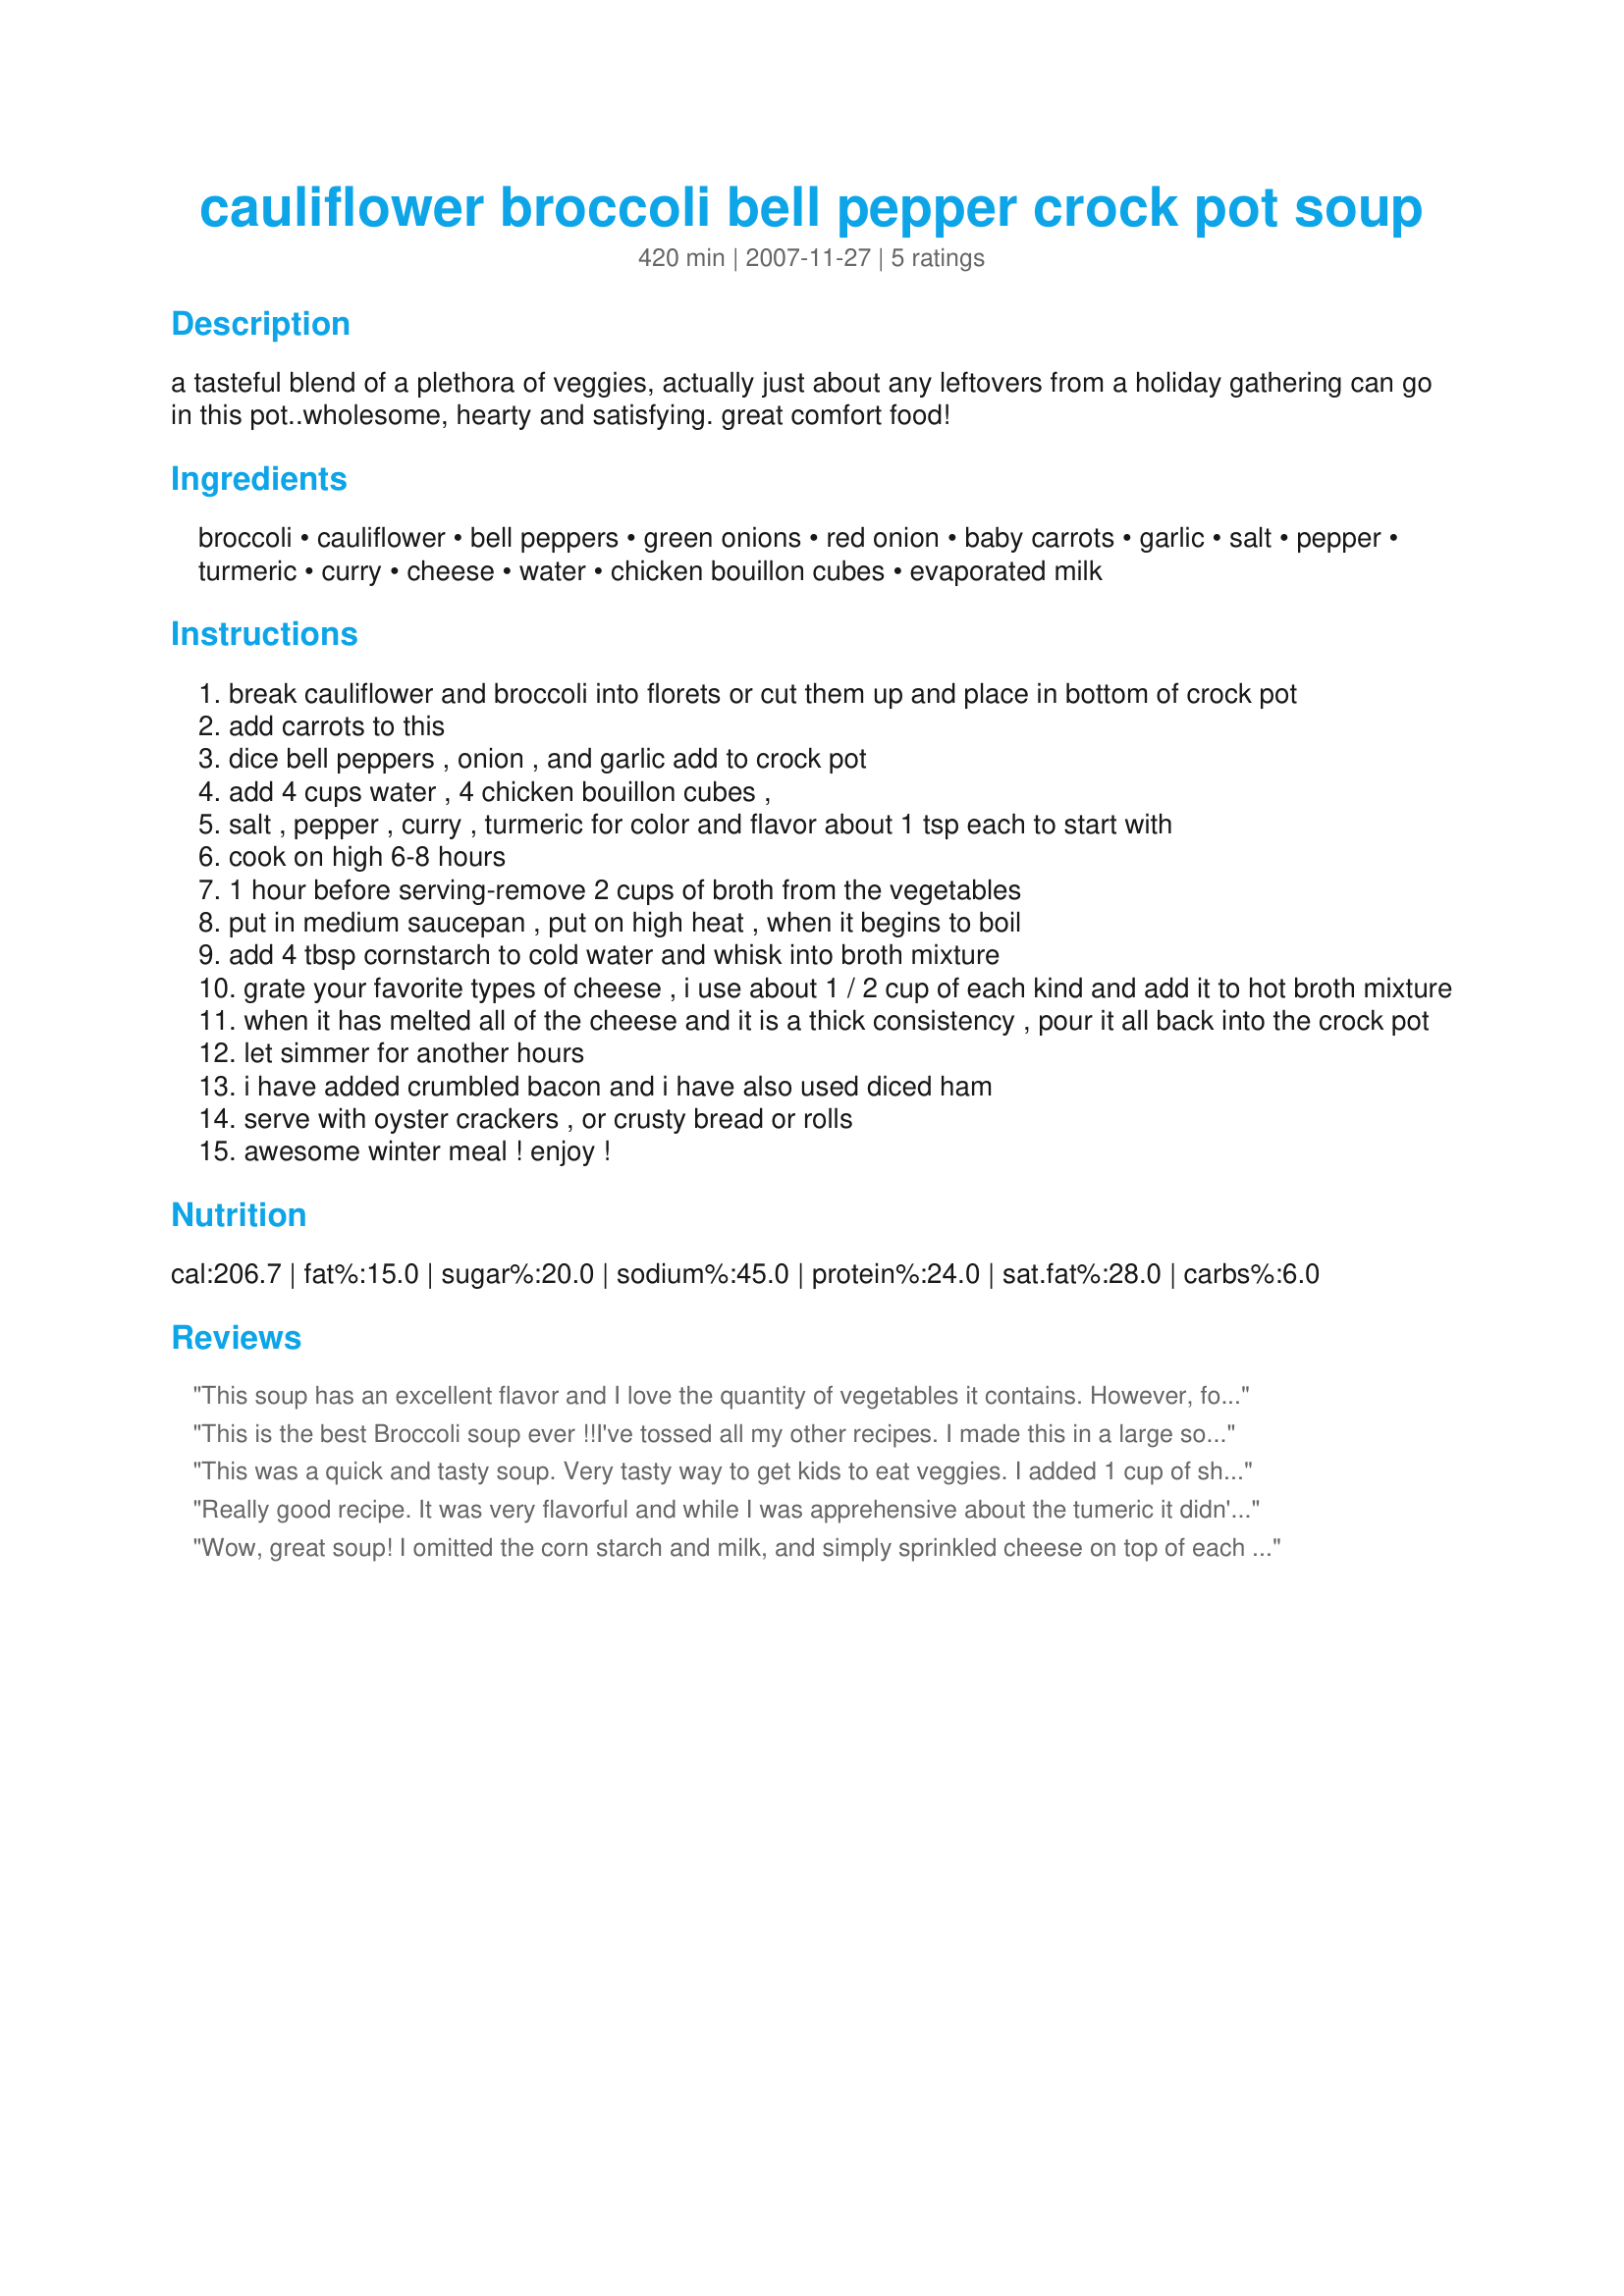
cauliflower broccoli bell pepper crock pot soup
Preparation time: 420 minutes

a tasteful blend of a plethora of veggies, actually just about any leftovers from a holiday gathering can go in this pot..wholesome, hearty and satisfying. great comfort food!

Ingredients:
broccoli, cauliflower, bell peppers, green onions, red onion, baby carrots, garlic, salt, pepper, turmeric, curry, cheese, water, chicken bouillon cubes, evaporated milk

Steps:
break cauliflower and broccoli into florets or cut them up and place in bottom of crock pot
add carrots to this
dice bell peppers , onion , and garlic add to crock pot
add 4 cups water , 4 chicken bouillon cubes ,
salt , pepper , curry , turmeric for color and flavor about 1 tsp each to start with
cook on high 6-8 hours
1 hour before serving-remove 2 cups of broth from the vegetables
put in medium saucepan , put on high heat , when it begins to boil
add 4 tbsp cornstarch to cold water and whisk into broth mixture
grate your favorite types of cheese , i use about 1 / 2 cup of each kind and add it to hot broth mixture
when it has melted all of the cheese and it is a thick consistency , pour it all back into the crock pot
let simmer for another hours
i have added crumbled bacon and i have also used diced ham
serve with oyster crackers , or crusty bread or rolls
awesome winter meal ! enjoy !

Reviews:
This soup has an excellent flavor and I love the quantity of vegetables it contains. However, for some reason it seemed like it needed more liquid so I ended up adding an extra cup of water and I used an entire cup of cream. I wasn't sure when to add the cream so I added it to the stuff you boil separately at the end. I also throw it in the blender after cooking. The smell of the veggies cooking was not very pleasant in my opinion so we were pleasantly surprised by the end product. Turmeric = palillo
This is the best Broccoli soup ever !!I've tossed all my other recipes. I made this in a large soup pot on the stovetop, not in a crockpot & it is perfect. Nice and thick and chunky. Perfect. Thankyou !!I served this with Cheddar Chive Beer Bread recipe #70367
This was a quick and tasty soup. Very tasty way to get kids to eat veggies. I added 1 cup of sharp cheddar and 1 cup of mexican blend cheese. Turned out very well! I also didn't have any turmeric so I used a bit of original mrs dash. I also subbed a can of 2% evaporated milk to cut down on calories even more. This is definately a keeper, thanks so much for posting!
Really good recipe. It was very flavorful and while I was apprehensive about the tumeric it didn't overwhelm the soup. I added cubed up potatoes and substituted veggie bullion for the chicken. I skipped the the last steps and just added a cube of light cream cheese. It was plenty creamy! I also only used diced yellow onion, not the green.
Wow, great soup! I omitted the corn starch and milk, and simply sprinkled cheese on top of each individual serving (I used soft goat cheese). I also used one yellow onion instead of the red and green onion. It has a great spice and lots of veggies. Next time I'll add an ear or two of corn kernals. I was unsure if 4 cups of broth would be enough, but after a few hours of cooking in the crock pot, the other veggies released their juices. Still not a lot of liquid, but I like more veggies and less broth.
